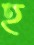
হ